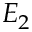
E _ { 2 }